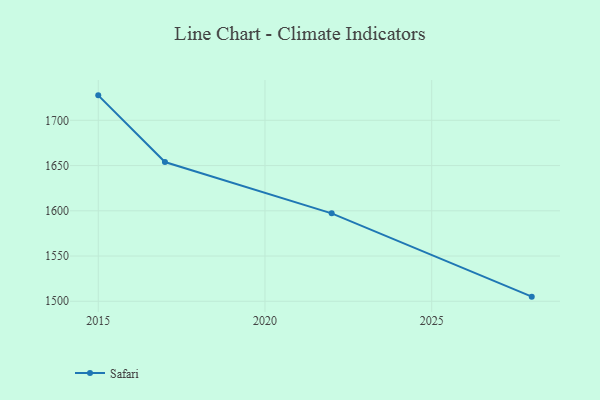
{"axis": {"x": "Year", "y": "Bounce Rate (%)"}, "legend": ["Safari"], "data": [{"x": "2015", "y": 1727.6, "type": "Safari"}, {"x": "2017", "y": 1653.9, "type": "Safari"}, {"x": "2022", "y": 1597.2, "type": "Safari"}, {"x": "2028", "y": 1505.1, "type": "Safari"}]}